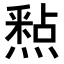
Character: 𮡐